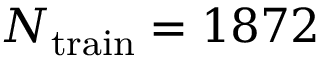
N _ { \mathrm { t r a i n } } = 1 8 7 2